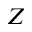
Z